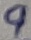
Text: 9